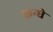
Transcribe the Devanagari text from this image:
कन्घे